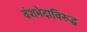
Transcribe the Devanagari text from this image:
वंशभेदाविरुद्ध